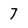
Character: 7